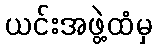
ယင်းအဖွဲ့ထံမှ